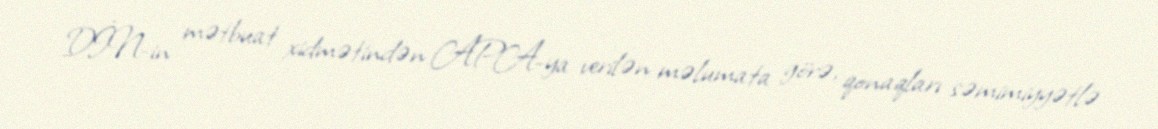
DİN-in mətbuat xidmətindən APA-ya verilən məlumata görə, qonaqları səmimiyyətlə